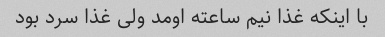
با اینکه غذا نیم ساعته اومد ولی غذا سرد بود